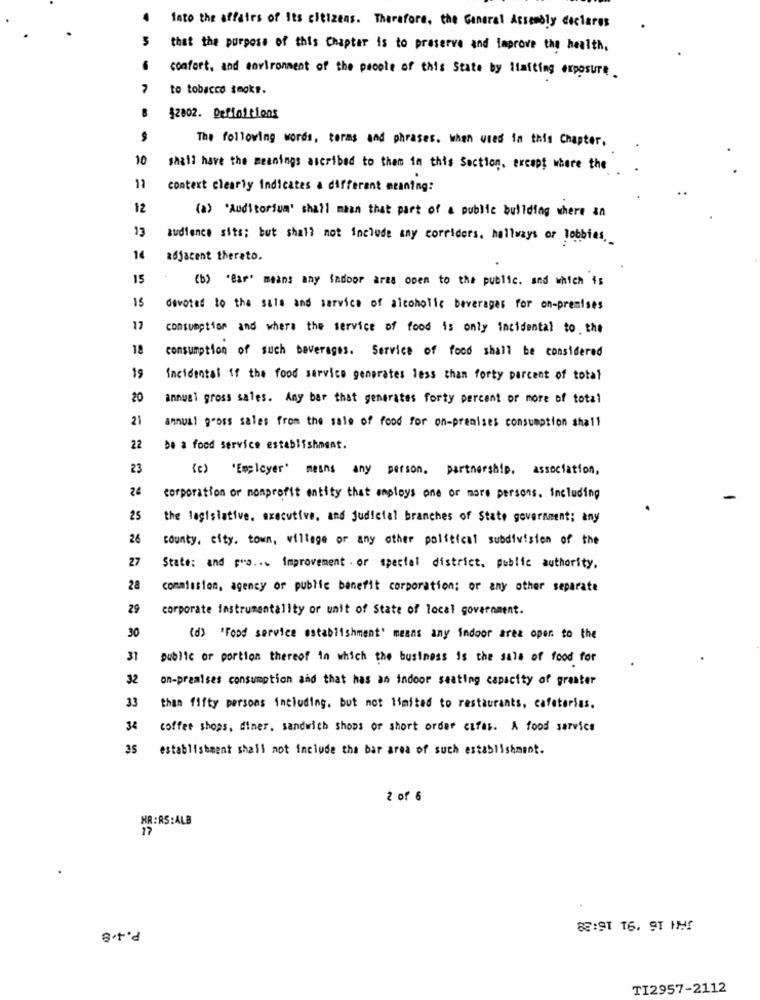
fato the affairs of its citizens. Therefore, the General Assembly declares
that the purpose of this Chapter is to preserve and improve the health,
confort, and environment of the people of this State by ilmiting exposure.
to tobacco smoke.
12802. Definitions
The following words, terms and phrases. when used in this Chapter.
10
shall have the meanings ascribed to them in this Section, except where the
11
context clearly Indicates a different meaning:
12
(a) "Auditorium' shall maan that part of a public building where an
13
audience sits; but shall not include any corridors. hallways or lobbies,
14
adjacent therato.
15
(b) "Bar" means any Sadoor area open to the public, and which is
15
devoted to the sale and service of alcoholic beverages for on-premises
17
consumption and where the service of food is only incidental to the
18
consumption of such beverages. Service of food shall be considered
19
Incidental if the food service generates less than forty percent of total
20
annual gross sales. Any bar that generates forty percent or more of total
21
annual gross sales from the sale of food for on-premises consumption shall
22
De a food service establishment.
23
(c) 'Employer' means any person. partnership. association,
24
corporation or nonprofit entity that maploys one or more persons. including
25
the legislative. executive, and judicial branches of State government; any
26
county, city. town, village or any other political subdivision of the
27
State: and pra ... Improvement . or special district, public authority.
28
commission, agency or public benefit corporation; or any other separate
29
corporate instrumentallty or unit of State of local government.
30
(d> "Food service establishment' means any indoor arez open to the
31
public or portion thereof in which the business is the sala of food for
32
on-premises consumption and that has an indoor seating capacity of graster
33
than fifty persons including, but not limited to restaurants, cafeterias.
3€
coffee shops, diner, sandwich shows or short order cifes. A food service
35
establishment shall not include the bar area of such establishment.
2 of 6
NR : RS:ALB
17
P.4.8
8:91 16. 91 H!
TI2957-2112